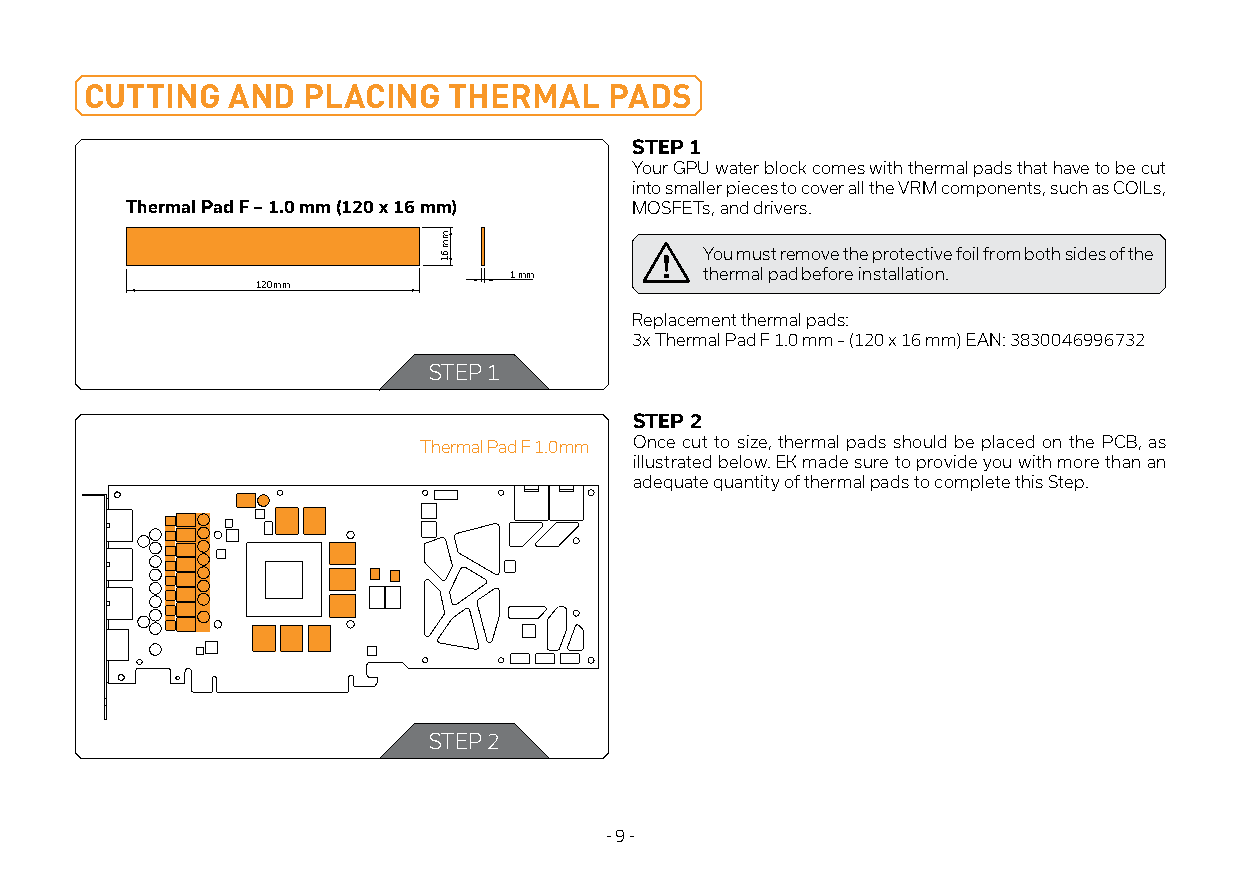
CUTTING  AND  PLACING   THERMAL   PADS
 STEP 1
 Your GPU water block comes with thermal pads that have to be cut
 into smaller pieces to cover all the VRM components, such as COILs,
 Thermal Pad F – 1.0 mm (120 x 16 mm) MOSFETs, and drivers.
 You must remove the protective foil from both sides of the
 1mm          thermal pad before installation.
 120mm
 Replacement thermal pads:
 3x Thermal Pad F 1.0 mm – (120 x 16 mm) EAN: 3830046996732
 STEP 1
 STEP 2
 Thermal Pad F 1.0mm Once cut to size, thermal pads should be placed on the PCB, as
 illustrated below. EK made sure to provide you with more than an
 adequate quantity of thermal pads to complete this Step.
 STEP 2
 - 9 -
 mm61